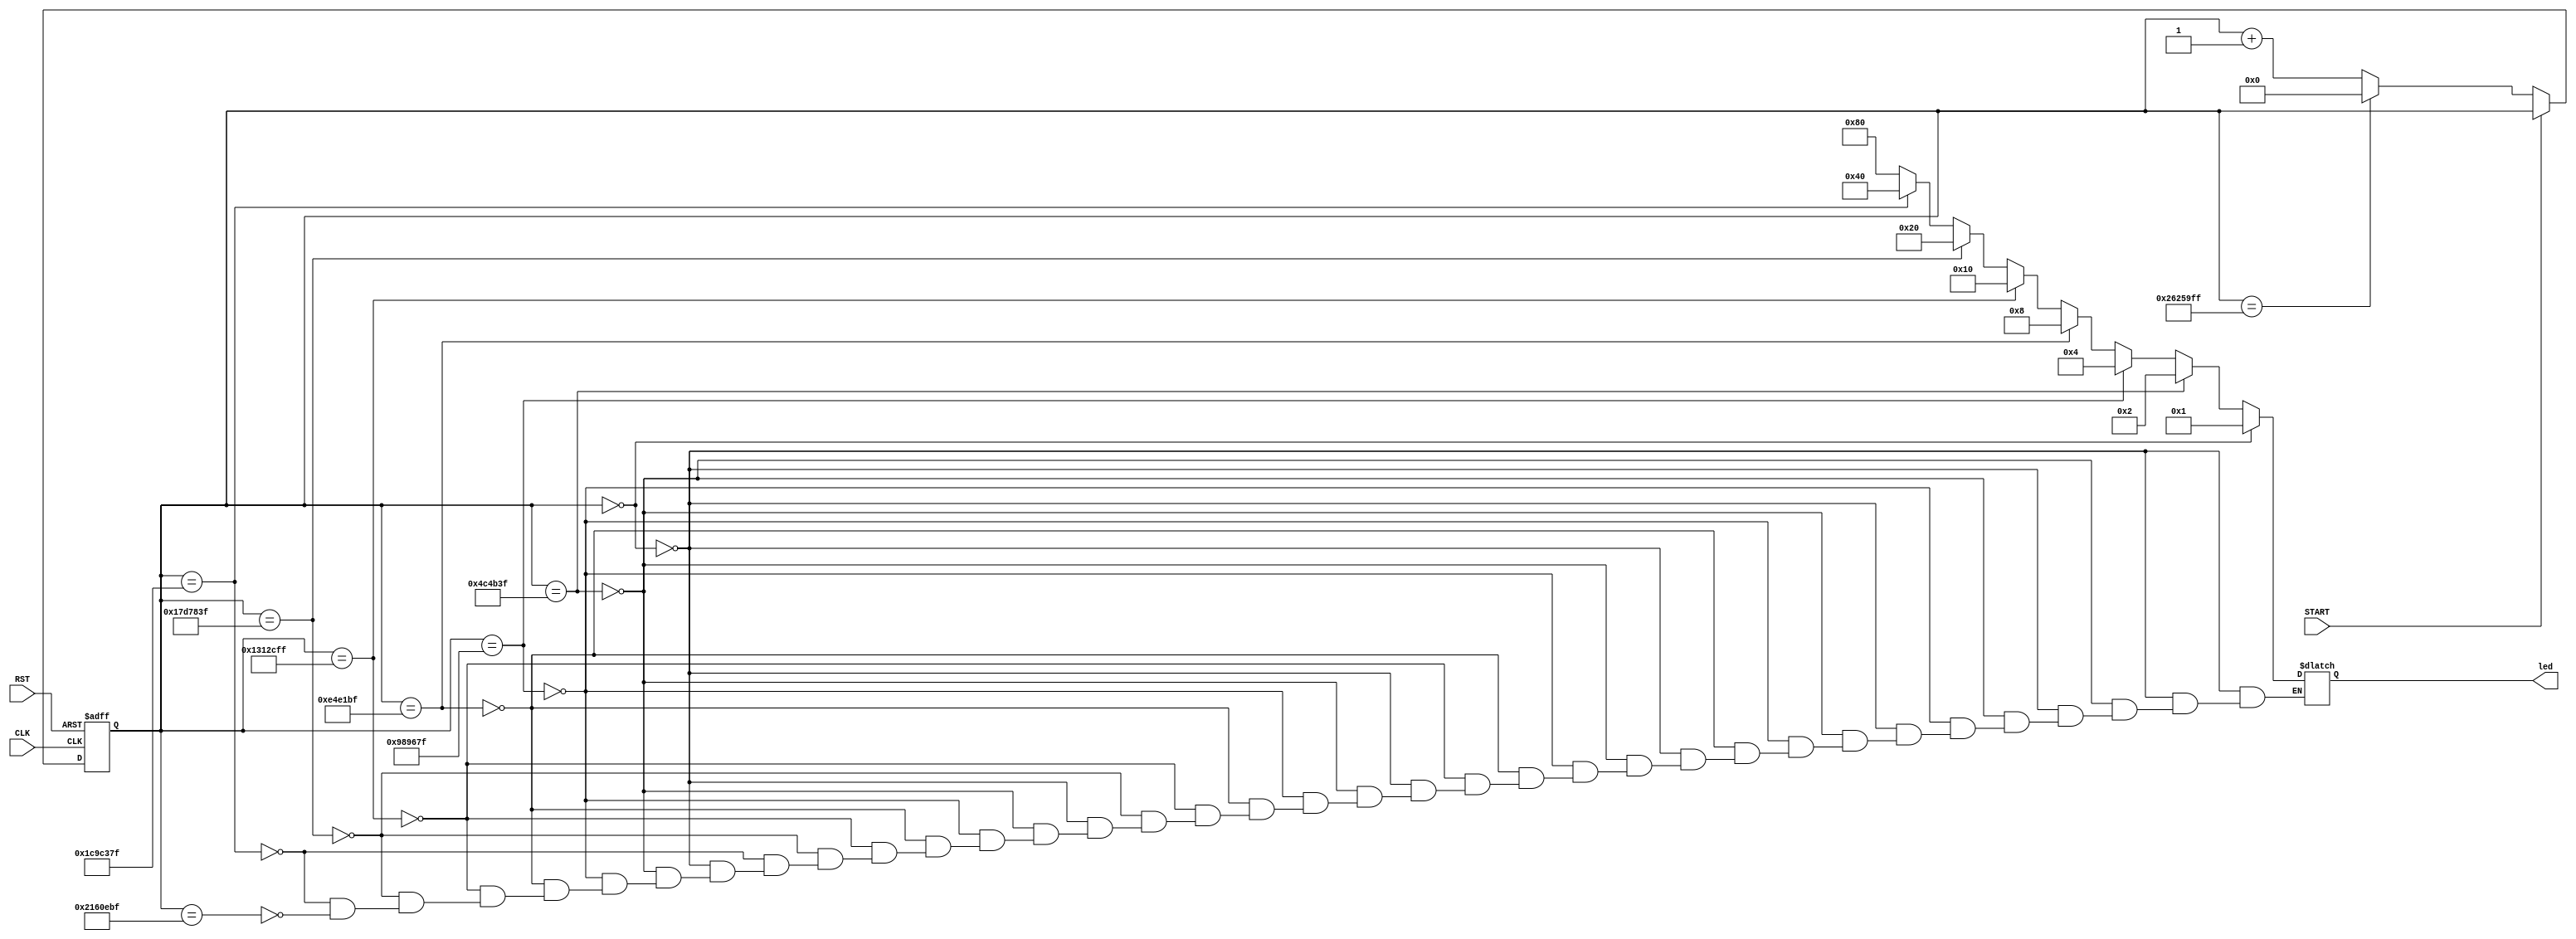
module LED( 
	input CLK,
    input START,
    input RST,
    output reg [7:0] led
);
	localparam N=40000000;
	reg [31:0] timer;
	
	always @ (posedge CLK or posedge RST)
	begin
		if(RST)
			timer<=0;
		else if(START)
			timer<=timer;	
		else if(timer==N-1)
		 	timer<=0;
        else 
            timer<=timer+1;
	end

	always @ (*)
	begin
		if(timer==0)
		 led=8'd1;
		else if(timer==N/8-1)
		 led=8'd2;
		else if(timer==N/4-1)
		 led=8'd4;
		else if(timer==N*3/8-1)
		 led=8'd8;
		else if(timer==N/2-1)
		 led=8'd16;
		else if(timer==N*5/8-1)
		 led=8'd32;
		else if(timer==N*6/8-1)
		 led=8'd64;
		else if(timer==N*7/8-1)
		 led=8'd128;
		 
	end

endmodule